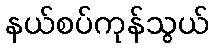
နယ်စပ်ကုန်သွယ်